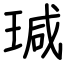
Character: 瑊